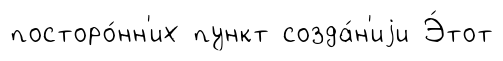
посторо́нн'их пункт созда́н'иjи Э́тот